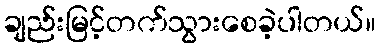
ချည်းမြင့်တက်သွားစေခဲ့ပါတယ်။